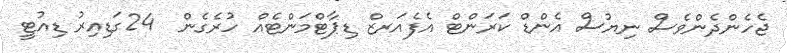
ޖެހެންދެންވެސް ނިޔުސް އެންޑް ކަރަންޓް އެފެއަރޒް ޑިޕާޓްމަންޓެއް ހުރެގެން  24ގަޑިއިރު ޑިއުޓީ